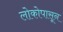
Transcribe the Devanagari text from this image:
लोकोपासून